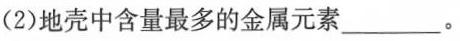
(2)地壳中含量最多的金属元素\underline。